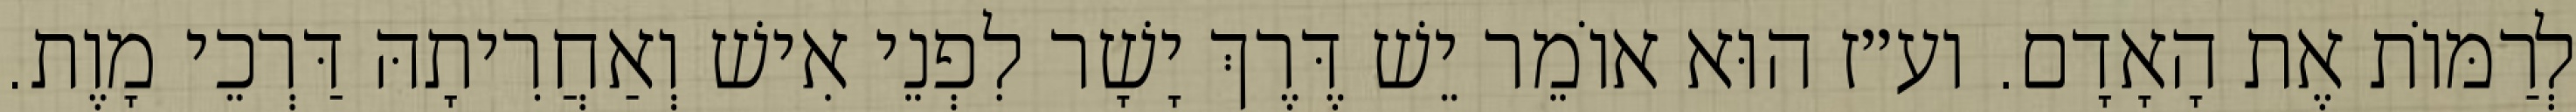
לְרַמּוֹת אֶת הָאָדָם. וע״ז הוּא אוֹמֵר יֵשׁ דֶּרֶךְ יָשָׁר לִפְנֵי אִישׁ וְאַחֲרִיתָהּ דַּרְכֵי מָוֶת.